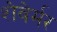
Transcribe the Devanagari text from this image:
शेवेर्मर